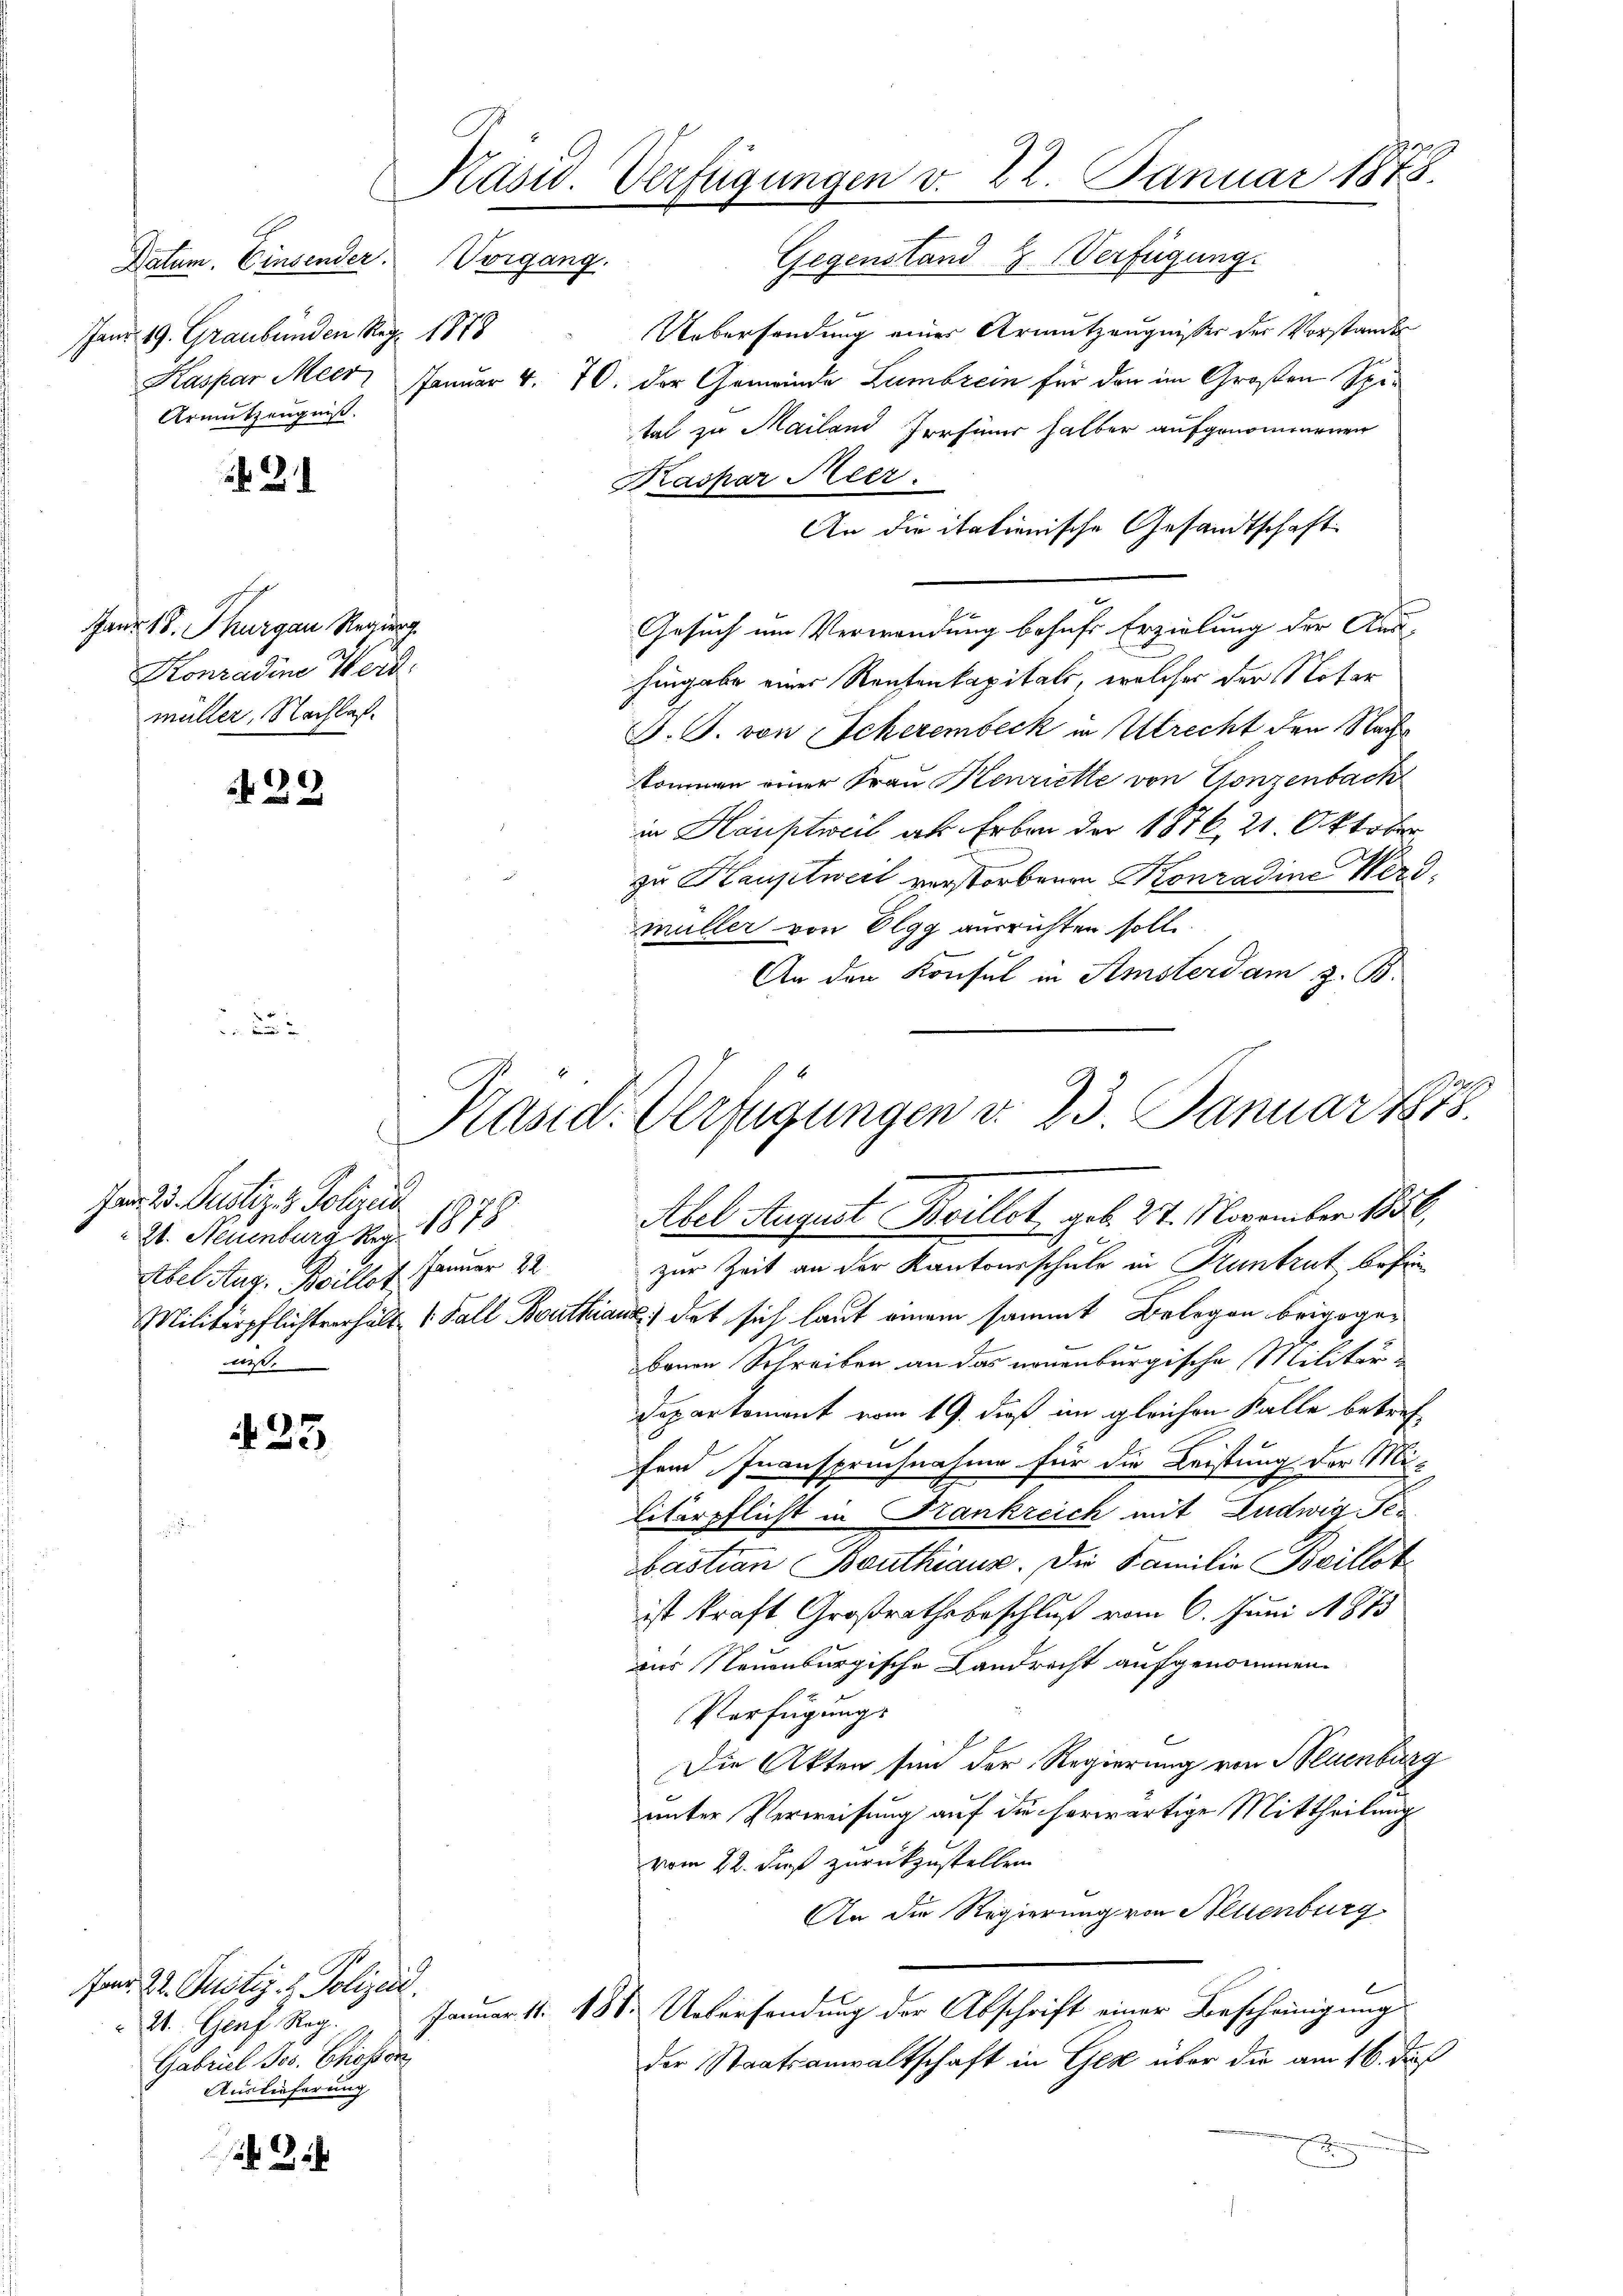
Janr. 19. Graubünden Rez. 1878
Armutzeugniß

2

Janr. 18. Thurgau Regier
Konradine Werd
müller, Nachlaß.

429

33

Päsid. Verfügungen v. 22. Januar 1878.
G
Gegenstand & Verfügung.
Datum. Einsender. Vorgang.

Jan 23. Justiz- & Polizei
21. Neuenburg Rez. 1878
Januar 22.
Abel Aug. Billet
niß.

Jad. 22. Justiz- & Polizeit.
21. Genf. Reg.
Gabriel Jos. Ehekon
Auslieferung

Uebersendung einer Armutzeugnisser der Vorstande
Kaspar Meer, Januar 4. 70. Der Gemeinde Lambrein für den im Großen Spitat zu Mailand Irrsinn halber aufgenommenen
Kaspar Meer.
An die itationische Gesandtschaft
Gesuch um Verwendung besuche Erzielung der Aus-
hingabe einer Rentenkapitals, welcher der Noter
J. J. von Scherembeck in Utrecht den Nach
kommen einer Frau Henriette von Gonzenbach
in Hauptweil an Erben der 1876. 21. Oktober
zu Hauptweil verstorbenen Konradine Werdmüller von Elgg ausrichten solle.
An den Konsul in Amsterdam z. B.
d
zur Zeit an der Kantonsschule in Pruntrut befin
Militärpflichtverhält 1 Fall Bouthiaux det sich laut einem sammt Belegen beigegebauen Schreiben an das neuenburgische Militär¬
Departement vom 19. dieß im gleichen Falle betref-
fend Inanspruchnahme für die Leistung der Mi-
litärpflicht in Frankreich mit Ludwig Sebastian Bauthiaus. Die Familie Beillot
ist kraft, Großrathsbeschluß vom 6. Juni 1875
aur Neuenburgische Landrecht aufgenommen.
Verfügung.
Die Akten sin der Regierung von Neuenburg
unter Verweisung auf die herwärtige Mittheilung
vom 22. daß zurückzustellen.
An die Regierung von Helenburg
Januar 41. 48. Uebersendung der Abschrift einer Bescheinigung
der Staatsanwaltschaft in Gez über die am 16. des
d

Kasid. Verfügungen d. 23. Januar 1815.
Abel August Beillet geb. 27. November 1850,